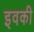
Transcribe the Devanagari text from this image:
इवकी